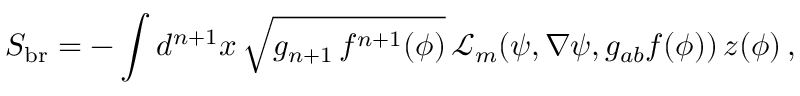
S _ { \mathrm { b r } } = - \int { d ^ { n + 1 } x \, \sqrt { g _ { n + 1 } \, f ^ { n + 1 } ( \phi ) } \, { \mathcal { L } } _ { m } ( \psi , \nabla \psi , g _ { a b } f ( \phi ) ) } \, z ( \phi ) \, ,